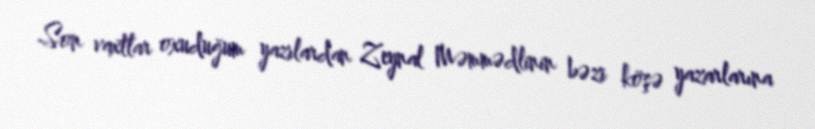
Son vaxtlar oxuduğum yazılardan Zeynal Məmmədlinin bəzi köşə yazarlarına